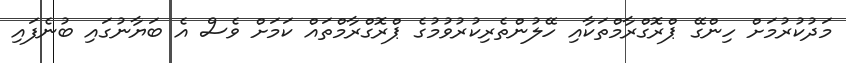
މަދުކުރުމަށް ހިންގޭ ޕްރޮގްރާމްތަކާއި ހޭލުންތެރިކުރުވުމުގެ ޕްރޮގްރާމްތައް ކަމަށް ވެސް އެ ބަޔާނުގައި ބުނެފައި